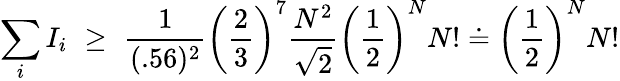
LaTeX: \sum_{i}I_{i}\, \, \ge\, \, \displaystyle{\frac{1}{(.56)^{2}}}\left(\displaystyle{\frac{2}{3}}\right)^{7}\displaystyle{\frac{N^{2}}{\sqrt{2}}}\left(\displaystyle{\frac{1}{2}}\right)^{N}N!\doteq\left(\displaystyle{\frac{1}{2}}\right)^{N}N!